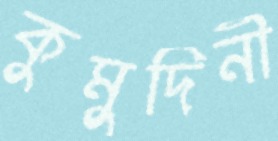
কুমুদিনী